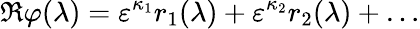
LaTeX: \Re\varphi(\lambda)=\varepsilon^{\kappa_{1}}r_{1}(\lambda)+\varepsilon^{\kappa_{2}}r_{2}(\lambda)+\ldots